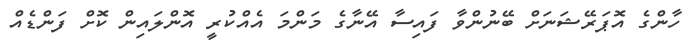
ހާންގެ އޮޕަރޭޝަނަށް ބޭނުންވާ ފައިސާ އޭނާގެ މަންމަ އެއްކުރީ އޮންލައިން ކޮށް ފަންޑެއް